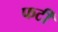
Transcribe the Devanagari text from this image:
फटीं